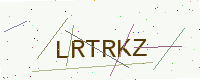
Text: LRTRKZ